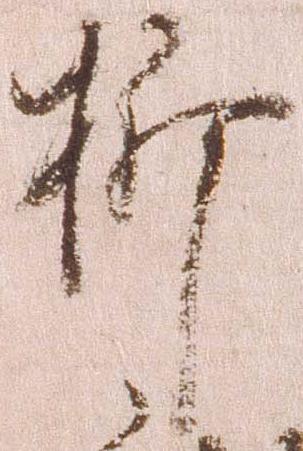
折